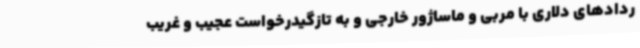
ردادهای دلاری با مربی و ماساژور خارجی و به تازگیدرخواست عجیب و غریب